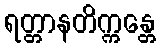
ရတ္တာနတိက္ကန္တေ